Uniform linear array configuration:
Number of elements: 32
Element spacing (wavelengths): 1
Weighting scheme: kaiser
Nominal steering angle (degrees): -45
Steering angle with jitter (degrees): -43.598
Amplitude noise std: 0.05
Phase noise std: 0.05

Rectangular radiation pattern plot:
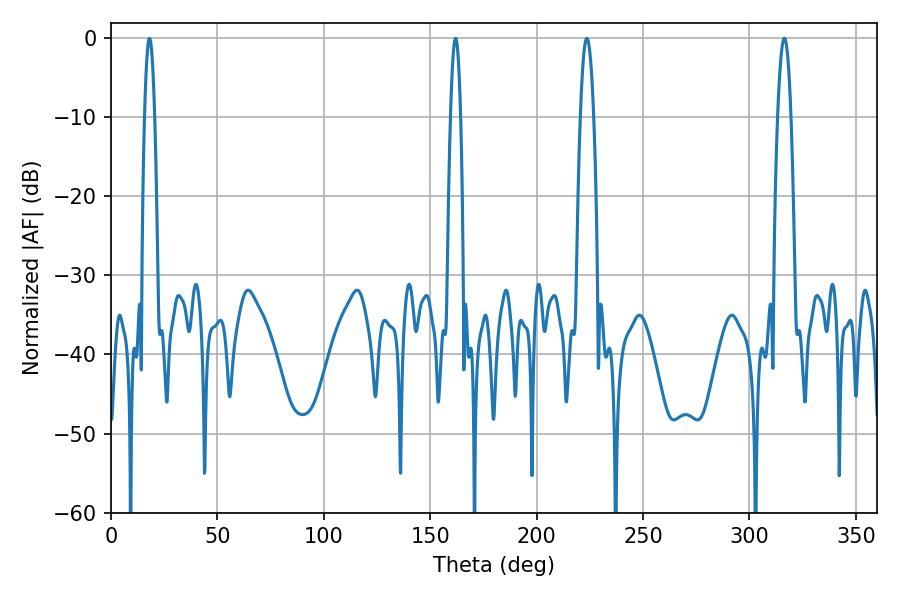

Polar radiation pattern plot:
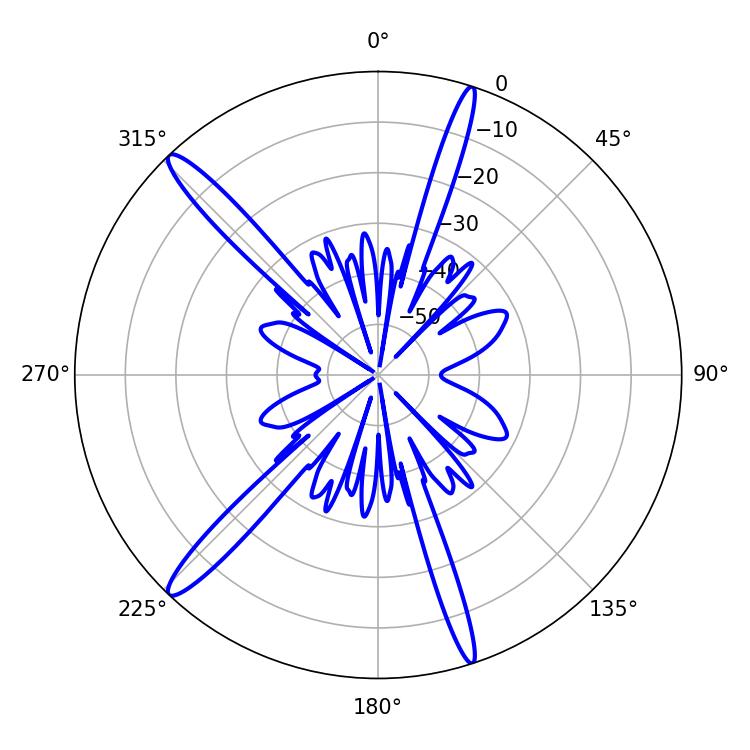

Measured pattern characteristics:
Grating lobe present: TRUE
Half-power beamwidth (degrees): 3.42
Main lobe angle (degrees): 223.56